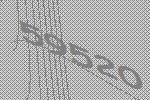
59520